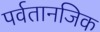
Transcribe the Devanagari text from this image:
पर्वतानजिक